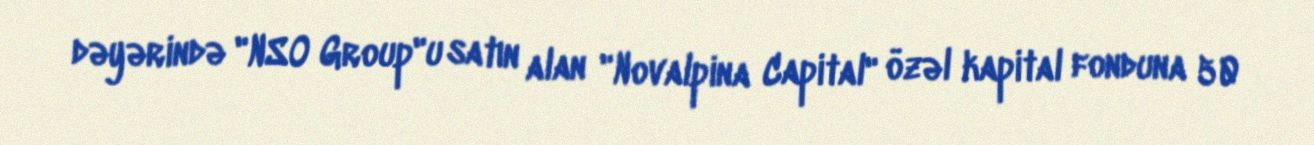
dəyərində "NSO Group"u satın alan "Novalpina Capital" özəl kapital fonduna 50